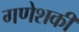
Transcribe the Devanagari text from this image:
गणेशकी